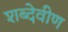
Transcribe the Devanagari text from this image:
शब्देवीण